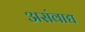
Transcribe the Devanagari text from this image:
असंवाद्य